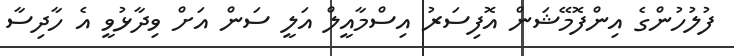
ފުލުހުންގެ އިންފޮމޭޝަން އޮފިސަރު އިސްމާއީލް އަލީ ސަން އަށް ވިދާޅުވީ އެ ހާދިސާ